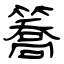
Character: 簥